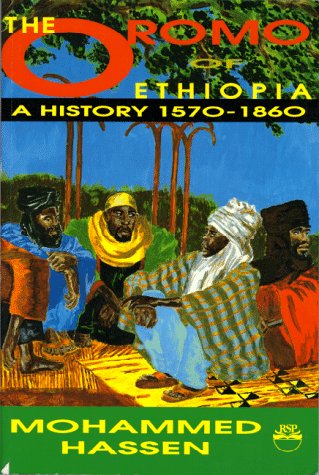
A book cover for The Oromo of Ethiopia: A History, 1570-1860; Mohammed Hassen; History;